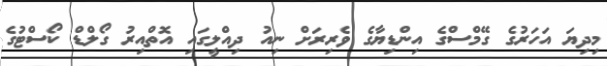
މިދިޔަ އަހަރުގެ ގޭމްސްގެ އިންޑިޔާގެ ވެރިރަށް ނިއު ދިއްލީގައި އޮތްއިރު ގޯލްޑް ކޯސްޓުގެ